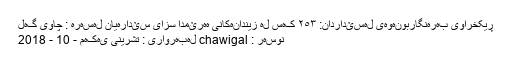
ڕیکخراوی بەرەنگاربونەوەی لەسێداردان: ٢٥٣ کەس لە زیندانەکانی هەرێمدا سزای سێدارەیان لەسەرە : چاوی گەل
نوسەر : chawigal لەبەرواری : تشرینی یەکەم - 10 - 2018